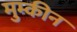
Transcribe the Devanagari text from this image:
मुम्कीन